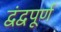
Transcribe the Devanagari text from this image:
द्वंद्वपूर्ण